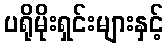
ပရိုမိုးရှင်းများနှင့်